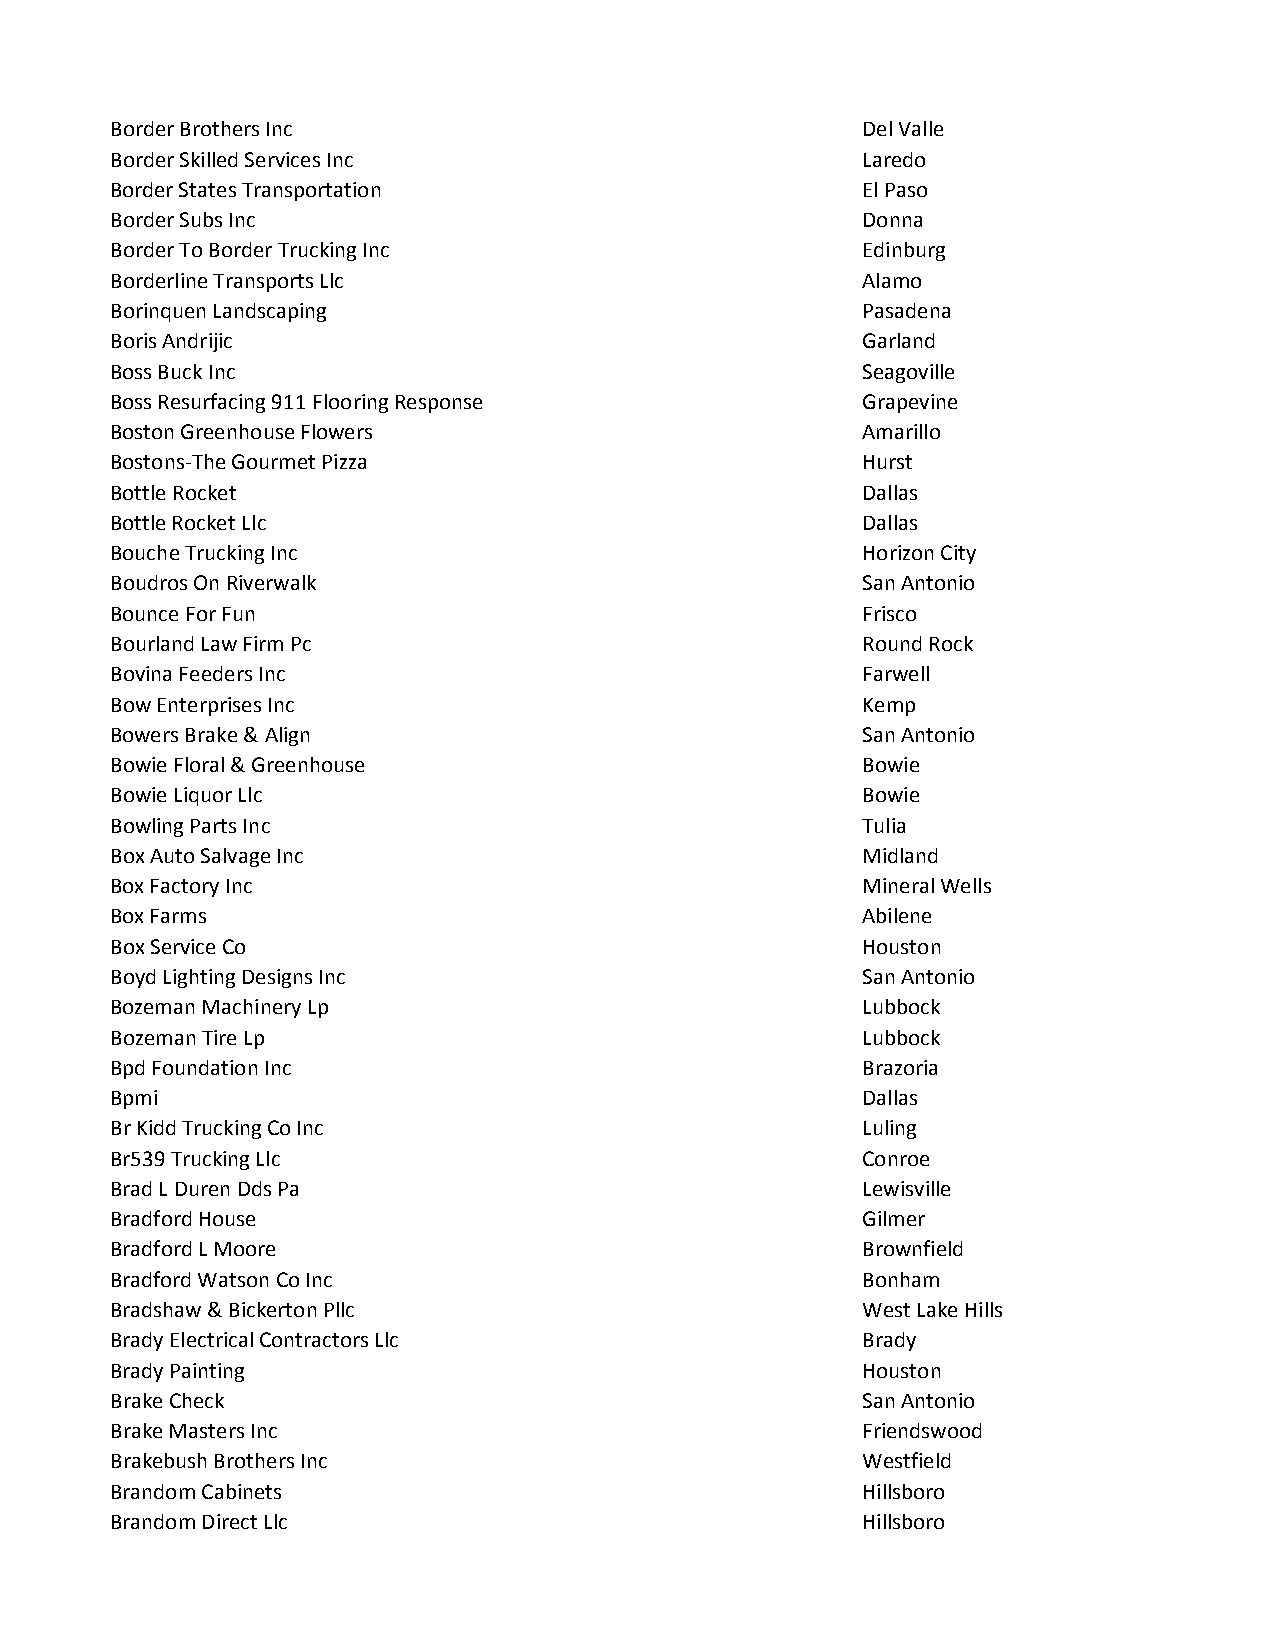
Border Brothers Inc                               Del Valle
 Border Skilled Services Inc                       Laredo
 Border States Transportation                      El Paso
 Border Subs Inc                                   Donna
 Border To Border Trucking Inc                     Edinburg
 Borderline Transports Llc                         Alamo
 Borinquen Landscaping                             Pasadena
 Boris Andrijic                                    Garland
 Boss Buck Inc                                     Seagoville
 Boss Resurfacing 911 Flooring Response            Grapevine
 Boston Greenhouse Flowers                         Amarillo
 Bostons-The Gourmet Pizza                         Hurst
 Bottle Rocket                                     Dallas
 Bottle Rocket Llc                                 Dallas
 Bouche Trucking Inc                               Horizon City
 Boudros On Riverwalk                              San Antonio
 Bounce For Fun                                    Frisco
 Bourland Law Firm Pc                              Round Rock
 Bovina Feeders Inc                                Farwell
 Bow Enterprises Inc                               Kemp
 Bowers Brake & Align                              San Antonio
 Bowie Floral & Greenhouse                         Bowie
 Bowie Liquor Llc                                  Bowie
 Bowling Parts Inc                                 Tulia
 Box Auto Salvage Inc                              Midland
 Box Factory Inc                                   Mineral Wells
 Box Farms                                         Abilene
 Box Service Co                                    Houston
 Boyd Lighting Designs Inc                         San Antonio
 Bozeman Machinery Lp                              Lubbock
 Bozeman Tire Lp                                   Lubbock
 Bpd Foundation Inc                                Brazoria
 Bpmi                                              Dallas
 Br Kidd Trucking Co Inc                           Luling
 Br539 Trucking Llc                                Conroe
 Brad L Duren Dds Pa                               Lewisville
 Bradford House                                    Gilmer
 Bradford L Moore                                  Brownfield
 Bradford Watson Co Inc                            Bonham
 Bradshaw & Bickerton Pllc                         West Lake Hills
 Brady Electrical Contractors Llc                  Brady
 Brady Painting                                    Houston
 Brake Check                                       San Antonio
 Brake Masters Inc                                 Friendswood
 Brakebush Brothers Inc                            Westfield
 Brandom Cabinets                                  Hillsboro
 Brandom Direct Llc                                Hillsboro